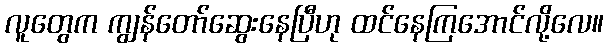
လူတွေက ကျွန်တော်ဆွေးနေပြီဟု ထင်နေကြအောင်လို့လေ။